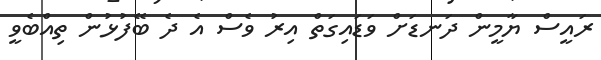
ރައީސް ޔާމީން ދަނޑަށް ވަޑައިގަތް އިރު ވެސް އެ ދެ ބޭފުޅުން ތިއްބެވީ